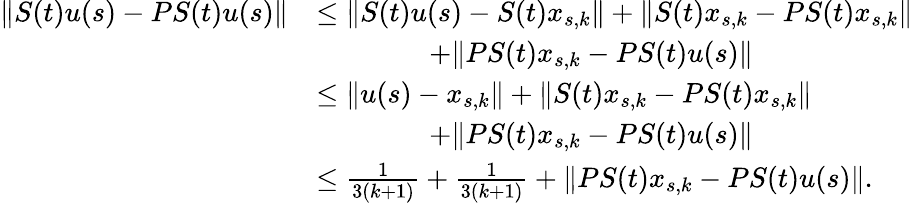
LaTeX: \begin{array}{rl}{\| S(t)u(s)-PS(t)u(s)\| }&{\leq\| S(t)u(s)-S(t)x_{s,k}\| +\| S(t)x_{s,k}-PS(t)x_{s,k}\| }\\ &{\qquad\qquad+\| PS(t)x_{s,k}-PS(t)u(s)\| }\\ &{\leq\| u(s)-x_{s,k}\| +\| S(t)x_{s,k}-PS(t)x_{s,k}\| }\\ &{\qquad\qquad+\| PS(t)x_{s,k}-PS(t)u(s)\| }\\ &{\leq\frac{1}{3(k+1)}+\frac{1}{3(k+1)}+\| PS(t)x_{s,k}-PS(t)u(s)\| .}\end{array}